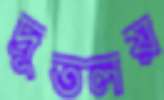
দ্রুতলয়